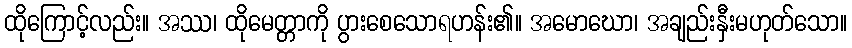
ထိုကြောင့်လည်း။ အဿ၊ ထိုမေတ္တာကို ပွားစေသောရဟန်း၏။ အမောဃော၊ အချည်းနှီးမဟုတ်သော။